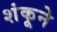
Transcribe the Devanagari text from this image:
शंकूने